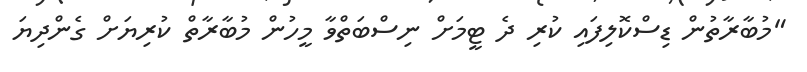
"މުބާރާތުން ޑިސްކޮލިފައި ކުރި ދެ ޓީމަށް ނިސްބަތްވާ މީހުން މުބާރާތް ކުރިޔަށް ގެންދިޔަ